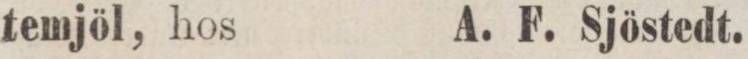
temjöl, hos    A. F. Sjöstedt.